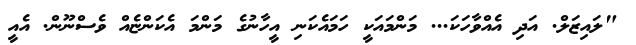
"ލައިޒަލް. އަދި އެއްވާހަކަ... މަންމައަކީ ހަމައެކަނި އީހާނުގެ މަންމަ އެކަންޏެއް ވެސްނޫން. އެއީ